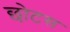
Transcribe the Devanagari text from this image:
छोटस